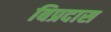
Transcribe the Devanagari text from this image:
बिप्रदास